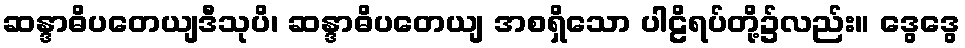
ဆန္ဒာဓိပတေယျဒီသုပိ၊ ဆန္ဒာဓိပတေယျ အစရှိသော ပါဠိရပ်တို့၌လည်း။ ဒွေဒွေ